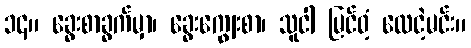
၁၄။ ခွေးစာခွက်မှာ၊ ခွေးကျွေးစာ၊ သူငါ မြင်ဝံ့ လေငဲ့မင်း။